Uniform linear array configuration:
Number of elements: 12
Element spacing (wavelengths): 0.75
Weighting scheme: blackman
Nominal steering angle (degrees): -15
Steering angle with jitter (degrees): -14.714
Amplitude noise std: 0.05
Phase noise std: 0.05

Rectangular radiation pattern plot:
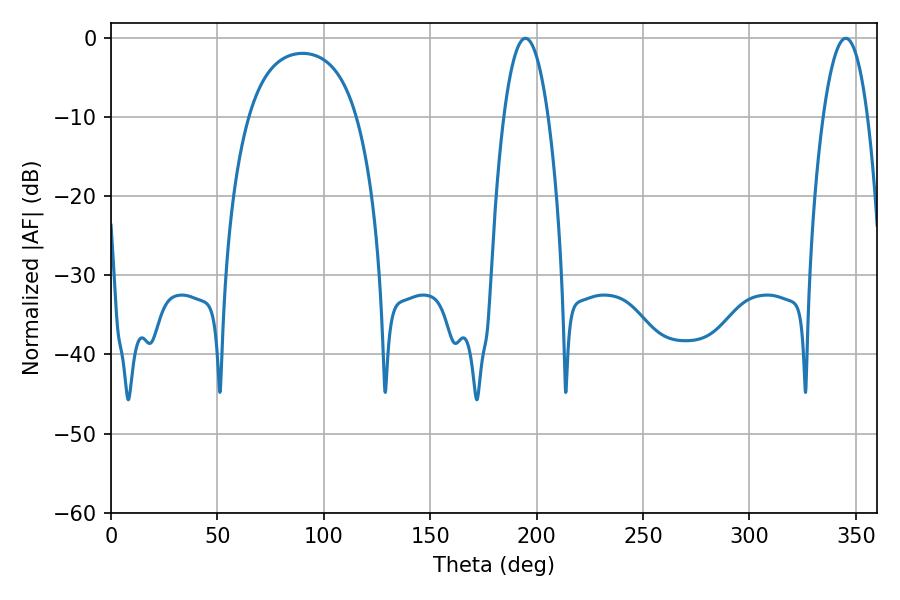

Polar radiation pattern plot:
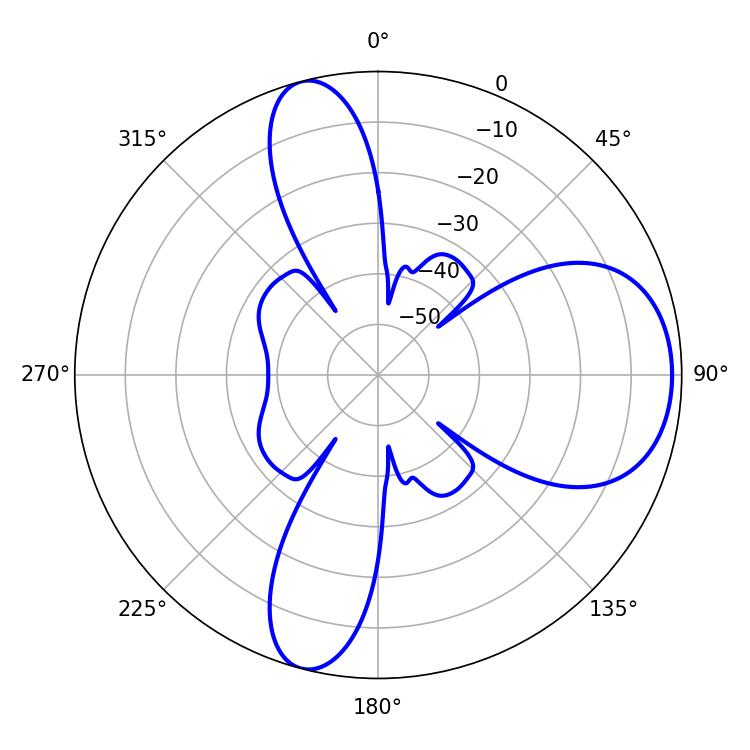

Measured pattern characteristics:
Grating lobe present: TRUE
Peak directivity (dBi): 8.639
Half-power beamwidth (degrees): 11.52
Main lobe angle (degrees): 194.76